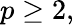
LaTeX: p\geq 2,